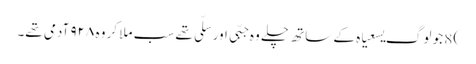
) 8 جو لوگ یسعیاہ کے ساتھ چلے وہ جبّی اور سلّی تھے سب ملا کر وہ ۹۲۸ آدمی تھے۔